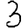
Digit: 3